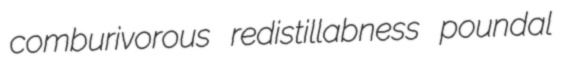
comburivorous redistillabness poundal